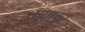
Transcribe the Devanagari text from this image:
पण्डुर